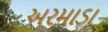
અરમાડા